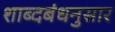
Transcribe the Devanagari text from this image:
शाब्दबंधनुसार